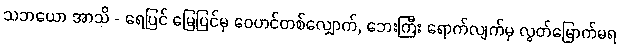
သဘယော အာသိ - ရေပြင် မြေပြင်မှ ဝေဟင်တစ်လျှောက်, ဘေးကြီး ရောက်လျက်မှ လွတ်မြောက်မရ